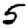
Digit: 5